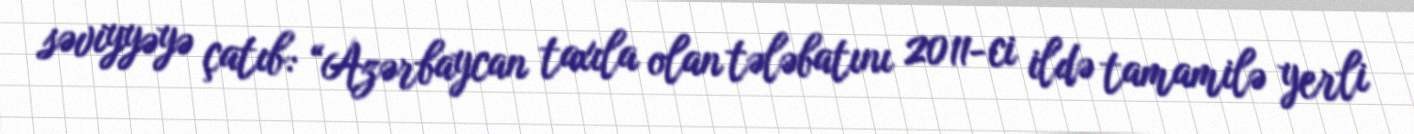
səviyyəyə çatıb: “Azərbaycan taxıla olan tələbatını 2011-ci ildə tamamilə yerli